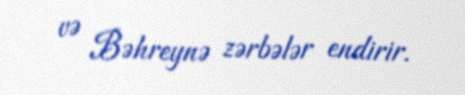
və Bəhreynə zərbələr endirir.